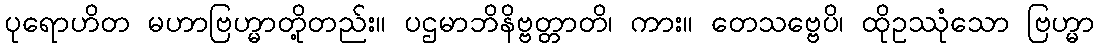
ပုရောဟိတ မဟာဗြဟ္မာတို့တည်း။ ပဌမာဘိနိဗ္ဗတ္တာတိ၊ ကား။ တေသဗ္ဗေပိ၊ ထိုဥဿုံသော ဗြဟ္မာ